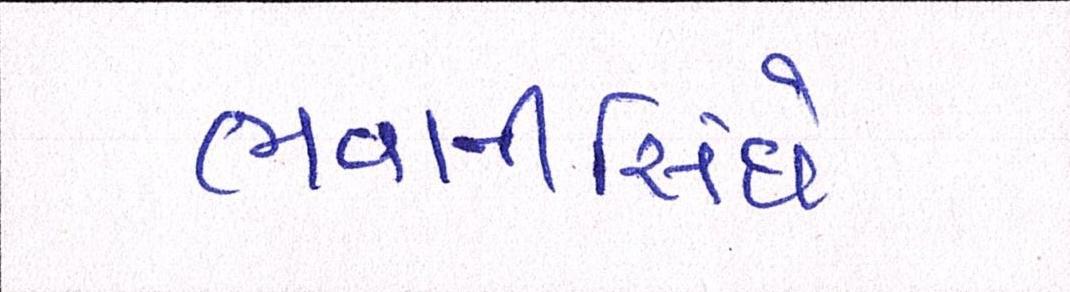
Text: ભવાનીસિંઘે